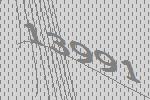
13991